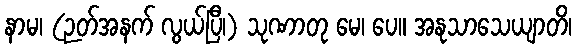
နာမ၊ (ဉတ်အနက် လွယ်ပြီ၊) သုဏာတု မေ၊ ပေ။ အနုသာသေယျာတိ၊